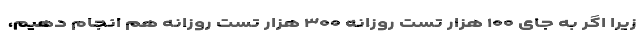
زیرا اگر به جای ۱۰۰ هزار تست روزانه ۳۰۰ هزار تست روزانه هم انجام دهیم،